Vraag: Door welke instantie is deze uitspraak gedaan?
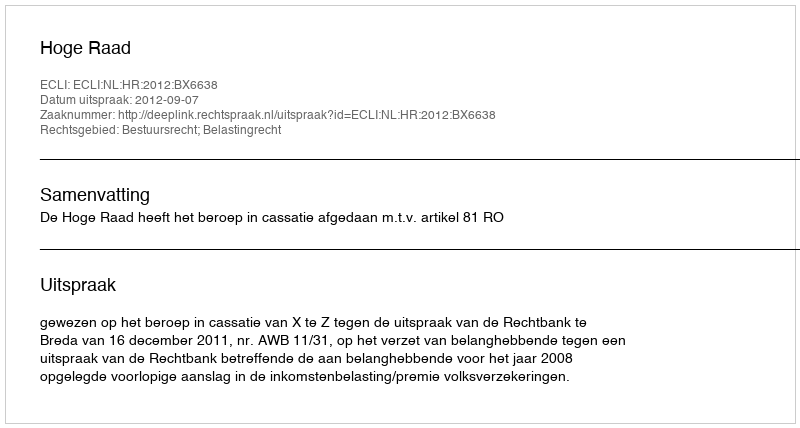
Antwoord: Hoge Raad